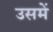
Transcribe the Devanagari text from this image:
उसमेें